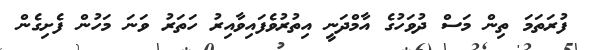
ފުރަތަމަ ތިން މަސް ދުވަހުގެ އާމްދަނީ އިތުރުވެފައިވާއިރު ހަތަރު ވަނަ މަހުން ފެށިގެން